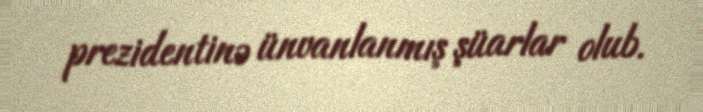
prezidentinə ünvanlanmış şüarlar olub.